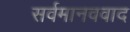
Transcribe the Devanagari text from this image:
सर्वमानववाद